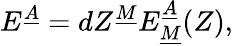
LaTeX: E^{\underline{{A}}}=dZ^{\underline{{M}}}E_{\underline{{M}}}^{\underline{{A}}}(Z),